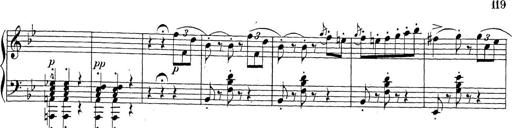
Title: Sonatina Album
Composer: Louis KÃ¶hler